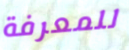
للمعرفة